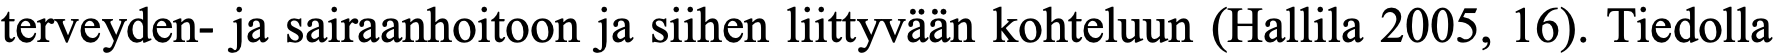
terveyden- ja sairaanhoitoon ja siihen liittyvään kohteluun (Hallila 2005, 16). Tiedolla